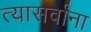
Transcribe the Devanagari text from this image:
त्यासर्वांना